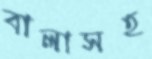
বালাসহ